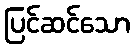
ပြင်ဆင်သော